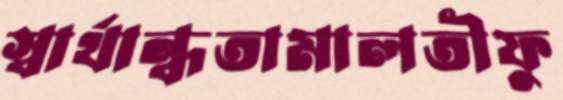
স্বার্থান্ধতামালতীফু